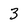
Character: 3